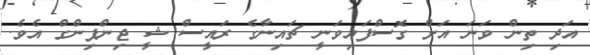
އަދި ތިން ވަނަ އަށް ގޮސްފައިވަނީ ޗައިނާގެ ރައީސް ޝީ ޖިންޕިންގް އެވެ.